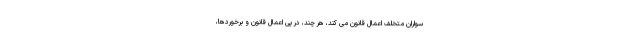
سواران متخلف اعمال قانون می کند، هر چند، در پی اعمال قانون و برخوردها،